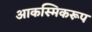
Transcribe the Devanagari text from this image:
आकस्मिकरूप